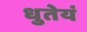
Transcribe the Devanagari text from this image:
धुतेयं